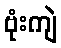
ဗုံးကျဲ